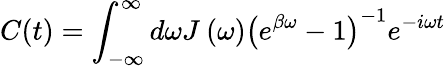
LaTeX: C(t)=\int_{-\infty}^{\infty}{d\omega{{J}_{{}}}\left(\omega\right){{\left({{e}^{\beta\omega}}-1\right)}^{-1}}}{{e}^{-i\omega t}}